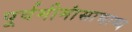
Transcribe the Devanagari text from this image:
पूर्वमीमांसाभाष्य